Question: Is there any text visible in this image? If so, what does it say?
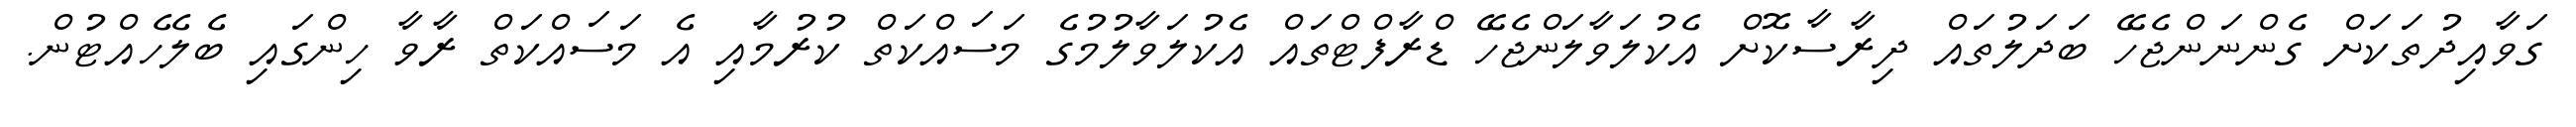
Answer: ގަވާއިދުތަކަށް ގެންނަންޖެހޭ ބަދަލުތައް ދިރާސާކޮށް އެކުލަވާލަންޖެހޭ ޑްރާފްޓްތައް އެކުލަވާލުމުގެ މަސައްކަތް ކުރުމާއި އެ މަސައްކަތް ރާވާ ހިންގައި ބެލެހެއްޓުން.